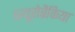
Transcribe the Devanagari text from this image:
प्ल्यूरोब्रैकिया